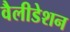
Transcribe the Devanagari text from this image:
वैलीडेशन